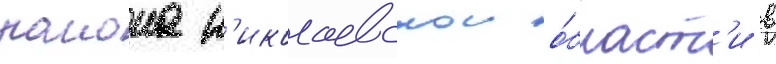
раиона н'иколаевскои о́бласт'и в